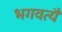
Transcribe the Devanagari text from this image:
भगवत्यै